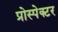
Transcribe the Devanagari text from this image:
प्रोस्पेक्टर